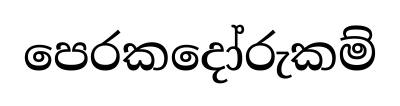
පෙරකදෝරුකම්